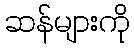
ဆန်များကို